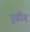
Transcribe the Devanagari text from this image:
पुंढीर